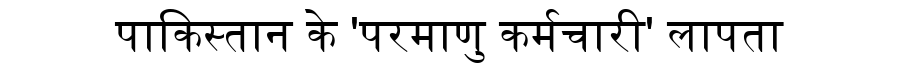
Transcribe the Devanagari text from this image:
पाकिस्तान के 'परमाणु कर्मचारी' लापता